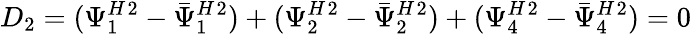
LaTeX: D_{2}=({\Psi_{1}^{H}}{}^{2}-{\bar{\Psi}_{1}^{H}}{}^{2})+({\Psi_{2}^{H}}{}^{2}-{\bar{\Psi}_{2}^{H}}{}^{2})+({\Psi_{4}^{H}}{}^{2}-{\bar{\Psi}_{4}^{H}}{}^{2})=0